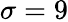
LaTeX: \sigma=9